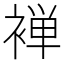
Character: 褝